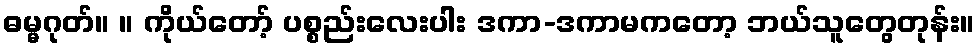
ဓမ္မဂုတ်။ ။ ကိုယ်တော့် ပစ္စည်းလေးပါး ဒကာ-ဒကာမကတော့ ဘယ်သူတွေတုန်း။